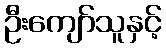
ဦးကျော်သူနှင့်